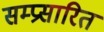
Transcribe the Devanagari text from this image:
सम्प्रसारित